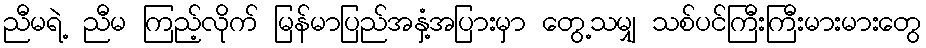
ညီမရဲ့ ညီမ ကြည့်လိုက် မြန်မာပြည်အနှံ့အပြားမှာ တွေ့သမျှ သစ်ပင်ကြီးကြီးမားမားတွေ